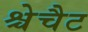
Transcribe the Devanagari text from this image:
श्चेचैट